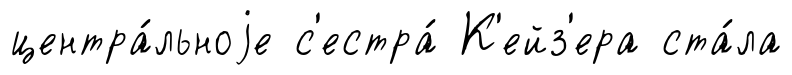
центра́льноjе с'естра́ К'ейз'ера ста́ла